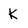
Character: k